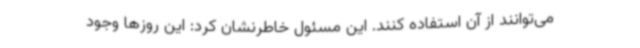
می‌توانند از آن استفاده کنند. این مسئول خاطرنشان کرد: این روزها وجود